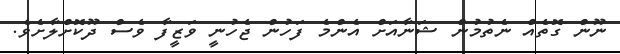
ނޫން ގޮތެއް ނެތުމުން ޝަނާއަށް އެންމެ ފަހުން ޖެހުނީ ވަޒީފާ ވެސް ދޫކޮށްލާށެވެ.